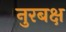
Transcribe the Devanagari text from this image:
नुरबक्ष